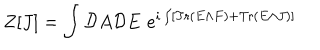
Z [ J ] = \int { \cal D } A { \cal D } E \, \, e ^ { i \int [ \mathrm { T r } \left( E \wedge F \right) + \mathrm { T r } \left( E \wedge J \right) ] }